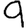
Digit: 9